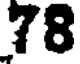
78